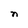
Character: n